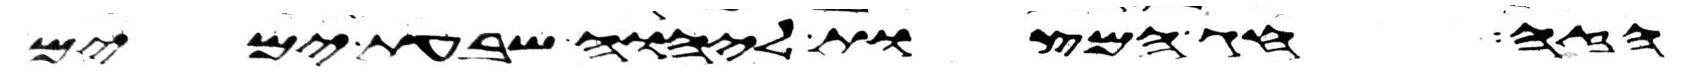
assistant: הזה חג המצות ליהוה שבעת ימים